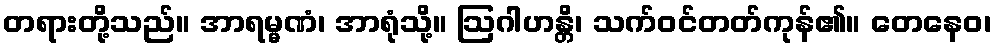
တရားတို့သည်။ အာရမ္မဏံ၊ အာရုံသို့။ ဩဂါဟန္တိ၊ သက်ဝင်တတ်ကုန်၏။ တေနေဝ၊